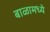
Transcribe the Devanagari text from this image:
बाळामध्ये